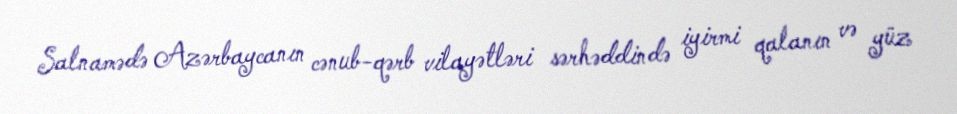
Salnamədə Azərbaycanın cənub-qərb vilayətləri sərhəddində iyirmi qalanın və yüz